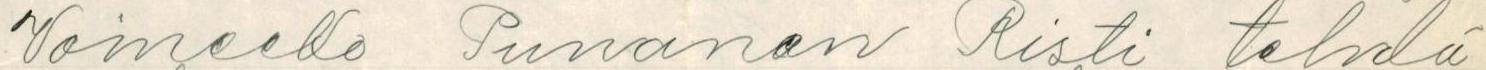
Voineeko Punanen Risti tehdä